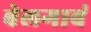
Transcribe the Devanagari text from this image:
बेलगाबं